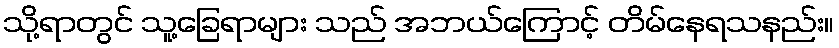
သို့ရာတွင် သူ့ခြေရာများ သည် အဘယ်ကြောင့် တိမ်နေရသနည်း။